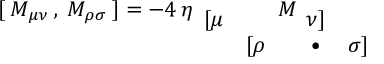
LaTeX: [ \: M _ { \mu \nu } \: , \: M _ { \rho \sigma } \: ] = - 4 \: \eta _ { \begin{array} { c c } { { [ \mu } } & { { } } \\ { { } } & { { [ \rho } } \end{array} } M _ { \begin{array} { c c } { { \nu ] } } & { { } } \\ { { \bullet } } & { { \sigma ] } } \end{array} }